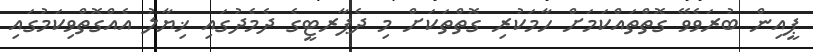
ޕީއިން ބުރަވެވޭ ގޮތްތައްކަމަށް ހާމަކުރި ގޮތްތަކަށް މި ދެޕާރޓީގެ ދެމެދުގައި ޚިޔާލު އެއްގޮތްވިކަމުގައި